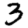
Digit: 3